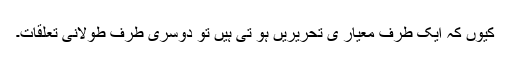
کیوں کہ ایک طرف معیار ی تحریریں ہو تی ہیں تو دوسری طرف طولانی تعلقات۔